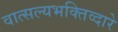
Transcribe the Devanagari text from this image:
वात्सल्यभक्तिव्दारे